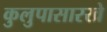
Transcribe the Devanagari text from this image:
कुलुपासारखे